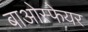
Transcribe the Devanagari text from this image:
बाओस्फेयर